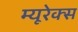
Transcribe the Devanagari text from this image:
म्यूरेक्स